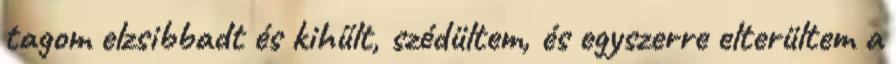
tagom elzsibbadt és kihűlt, szédültem, és egyszerre elterültem a